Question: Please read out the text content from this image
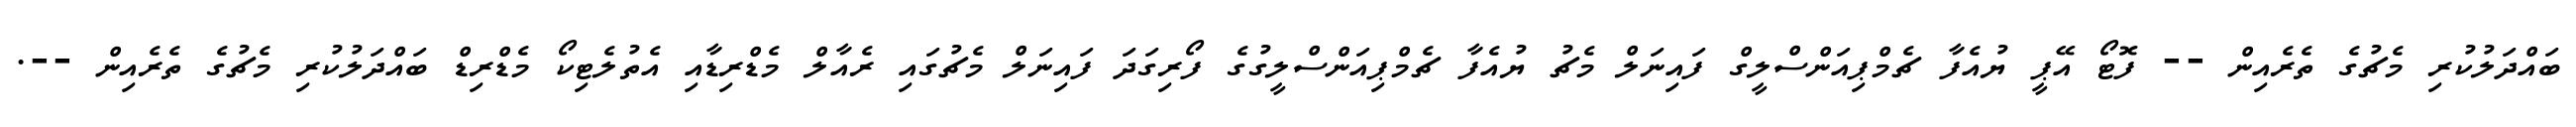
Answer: ބައްދަލުކުރި މެޗުގެ ތެރެއިން -- ފޮޓޯ އޭޕީ ޔުއެފާ ޗެމްޕިއަންސްލީގް ފައިނަލް މެޗު ޔުއެފާ ޗެމްޕިއަންސްލީގުގެ ފޯރިގަދަ ފައިނަލް މެޗުގައި ރެއާލް މެޑްރިޑާއި އެތުލެޓިކޯ މެޑްރިޑް ބައްދަލުކުރި މެޗުގެ ތެރެއިން --.